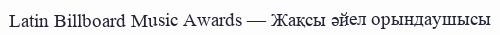
Latin Billboard Music Awards — Жақсы әйел орындаушысы